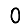
Digit: 0